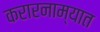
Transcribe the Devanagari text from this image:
करारनाम्यात